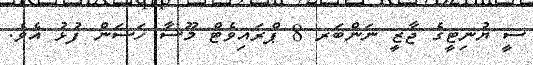
ސީ ޔުނިޓީގެ ޖާޒީ ނަންބަރ 8 ޕްރައިވެޓް މޫސާ ހަސަން ފުޅު އެވެ.